Insane asylums Bombay 1873-77 - 1873-1877
Year: 1873
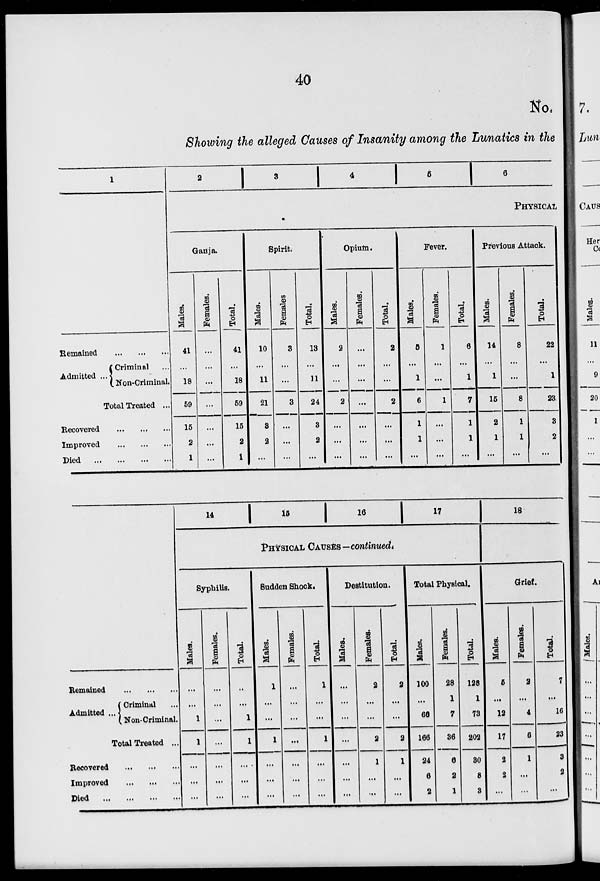
40
No.
Showing the alleged Causes of Insanity among the Lunatics in the
1
Remained ... ... ...
Admitted ...
Criminal ...
Non-Criminal.
Total Treated ...
Recovered ... ... ...
Improved ... ... ...
Died ... ... ... ...
2
3
4
5
6
PHYSICAL
Ganja.
Males.
41
...
18
59
15
2
1
Females.
...
...
...
...
...
...
...
Total.
41
...
18
59
15
2
1
Spirit.
Males.
10
...
11
21
3
2
...
Females
3
...
...
3
...
...
...
Total.
13
...
11
24
3
2
...
Opium.
Males.
2
...
...
2
...
...
...
Females.
...
...
...
...
...
...
...
Total.
2
...
...
2
...
...
...
Fever.
Males.
5
...
1
6
1
1
...
Females.
1
...
...
1
...
...
...
Total.
6
...
1
7
1
1
...
Previous Attack.
Males.
14
...
1
15
2
1
...
Females.
8
...
...
8
1
1
...
Total.
22
...
1
23
3
2
...
Remained ... ... ...
Adimtted
...
Criminal ...
Non-Criminal.
Total Treated ...
Recovered ... ... ...
Improved ... ... ...
Died ... ... ... ...
14
15
16
17
PHYSICAL CAUSES—continued.
Syphilis.
Males.
...
...
1
1
...
...
...
Females.
...
...
...
...
...
...
...
Total.
...
...
1
1
...
...
...
Sudden Shock.
Males.
1
...
...
1
...
...
...
Females.
...
...
...
...
...
...
...
Total.
1
...
...
1
...
...
...
Destitution.
Males.
...
...
...
...
...
...
...
Females.
2
...
...
2
1
...
...
Total.
2
...
...
2
1
...
...
Total Physical.
Males.
100
...
66
166
24
6
2
Females.
28
1
7
36
6
2
1
Total.
128
1
73
202
30
8
3
18
Grief.
Males.
5
...
12
17
2
2
...
Females.
2
...
4
6
1
...
...
Total.
7
...
16
23
3
2
...